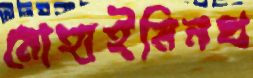
মোহাইমিনধ